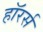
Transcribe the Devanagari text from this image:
हॉरर्स